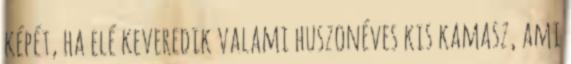
képét, ha elé keveredik valami huszonéves kis kamasz, ami